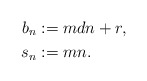
\begin{align*}b_n&:=mdn+r,\\s_n&:=mn.\end{align*}